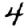
Digit: 4